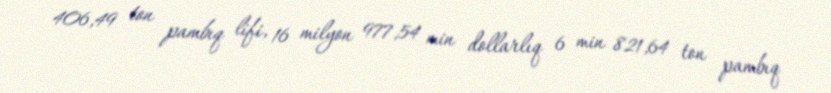
406,49 ton pambıq lifi, 16 milyon 977,54 min dollarlıq 6 min 821,64 ton pambıq